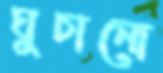
ঘুচানো